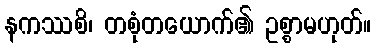
နကဿစိ၊ တစုံတယောက်၏ ဥစ္စာမဟုတ်။